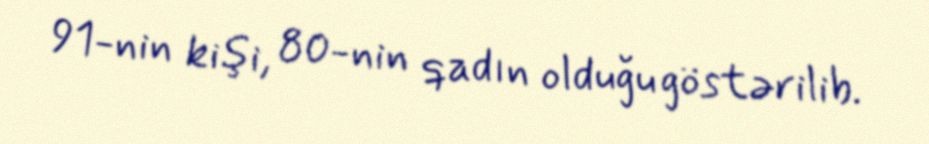
91-nin kişi, 80-nin qadın olduğu göstərilib.